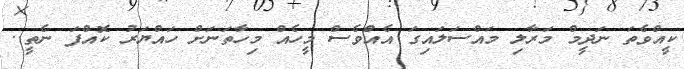
ކީއްވެތަ ނަދީމް މަރާލި މައްސަލައިގަ އެއްވެސް މީހެއް މިހާތަނަށް ހައްޔަރު ކޮއްފަ ނެތީ..